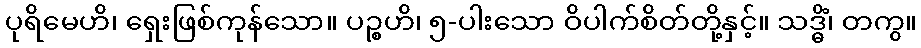
ပုရိမေဟိ၊ ရှေးဖြစ်ကုန်သော။ ပဉ္စဟိ၊ ၅-ပါးသော ဝိပါက်စိတ်တို့နှင့်။ သဒ္ဓိံ၊ တကွ။